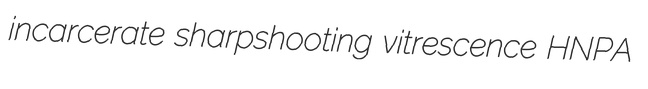
incarcerate sharpshooting vitrescence HNPA